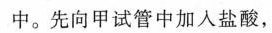
中。先向甲试管中加入盐酸，